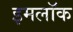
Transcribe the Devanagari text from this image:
इमलॉक